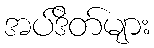
အပ်ဒိတ်များ